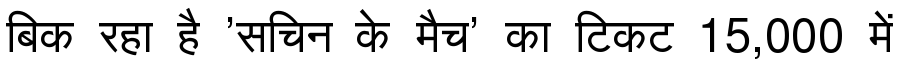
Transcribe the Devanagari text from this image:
बिक रहा है 'सचिन के मैच' का टिकट 15,000 में